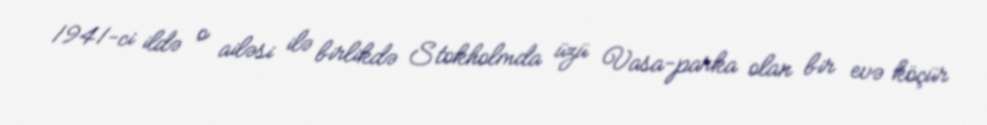
1941-ci ildə o ailəsi ilə birlikdə Stokholmda üzü Vasa-parka olan bir evə köçür